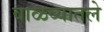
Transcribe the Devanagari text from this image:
वाळव्यातले